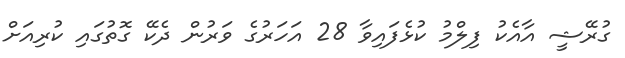
ގުރޭޝީ އާއެކު ފިލްމު ކުޅެފައިވާ 28 އަހަރުގެ ވަރުން ދެކޭ ގޮތުގައި ކުރިއަށް